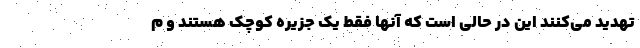
تهدید می‌کنند این در حالی است که آنها فقط یک جزیره کوچک هستند و م